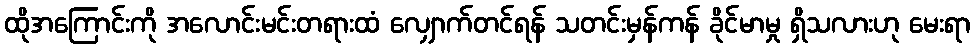
ထိုအကြောင်းကို အလောင်းမင်းတရားထံ လျှောက်တင်ရန် သတင်းမှန်ကန် ခိုင်မာမှု ရှိသလားဟု မေးရာ